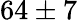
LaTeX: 64\pm 7